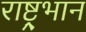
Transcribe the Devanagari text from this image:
राष्ट्र्भान